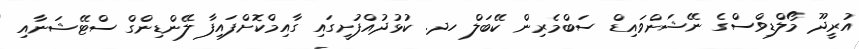
އުރީދޫ މޯލްޑިވްސްގެ ނޭޝަންވައިޑް ސަބްމެރިން ކޭބަލް ހދ. ކުޅުދުއްފުށީގައި ގާއިމްކޮށްފައިފާ ލޭންޑިންގް ސްޓޭޝަނާއި